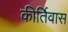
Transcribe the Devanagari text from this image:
कीर्तिवास